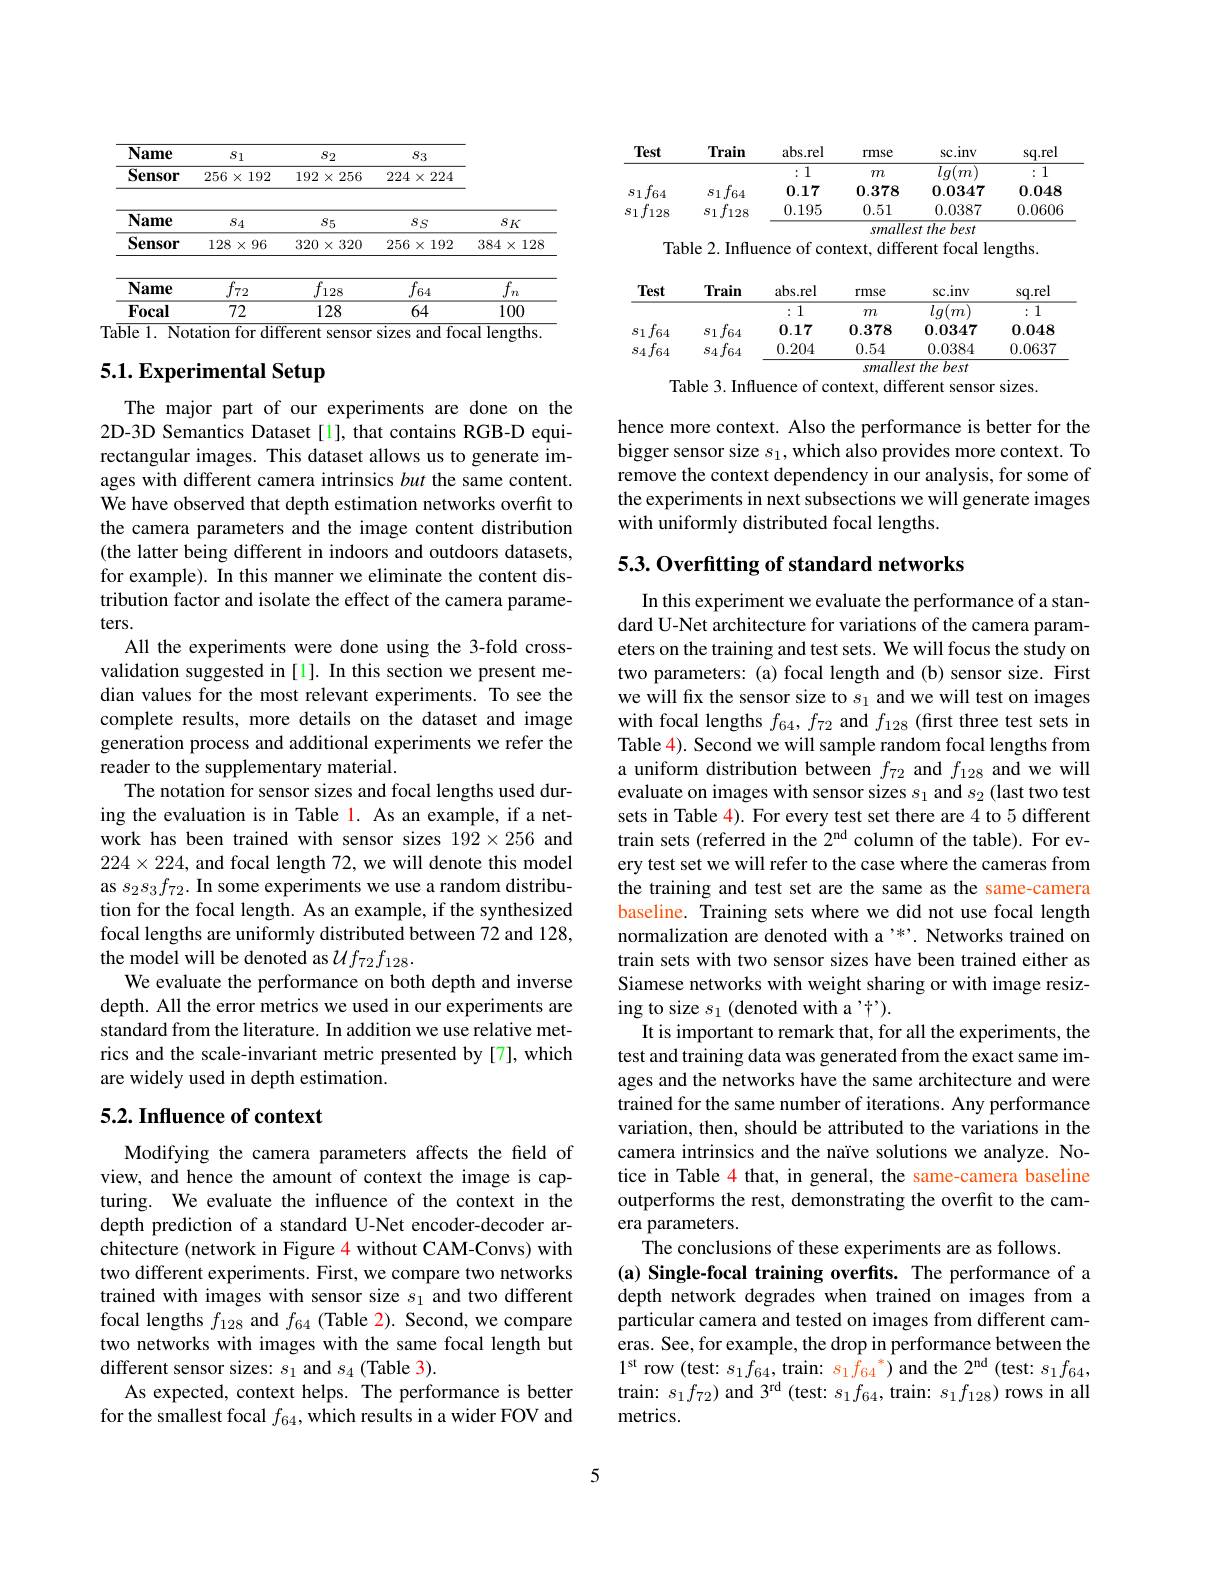
<table>
	<tbody>
		<tr>
			<th rowspan="2">Name $\overline{\textbf{Sensor}}$</th>
			<th rowspan="2">$S1$ $256\times192$</th>
			<th>$S_2$</th>
			<th>$S3$</th>
			<th> </th>
		</tr>
		<tr>
			<th>$192\times256$</th>
			<th>$224\times224$</th>
			<th> </th>
		</tr>
		<tr>
			<td>Name</td>
			<td>$S_{4}$</td>
			<td>$S5$</td>
			<td>$SS$</td>
			<td>$SK$</td>
		</tr>
		<tr>
			<td>$\overline{\textbf{Sensor}}$</td>
			<td>$128\times96$</td>
			<td>$320\times320$</td>
			<td>$256\times192$</td>
			<td>$384\times$ 128 1</td>
		</tr>
		<tr>
			<td>Name</td>
			<td>$f_{72}$</td>
			<td>$\overline{f_{128}}$</td>
			<td>$\overline{f_{64}}$</td>
			<td>$\overline{f_{n}}$</td>
		</tr>
		<tr>
			<td>Focal</td>
			<td>72</td>
			<td>128</td>
			<td>64</td>
			<td>100</td>
		</tr>
	</tbody>
</table>
Notation for
sensor sizes and

# 5.1. Experimental Setup

The major part of our experiments are done on the 2D-3D Semantics Dataset[1], that contains RGB-D equirectangular images. This dataset allows us to generate images with different camera intrinsics but the same content. We have observed that depth estimation networks overfit to the camera parameters and the image content distribution (the latter being different in indoors and outdoors datasets, for example). In this manner we eliminate the content distribution factor and isolate the effect of the camera parameters.
All the experiments were done using the 3-fold crossvalidation suggested in [1]. In this section we present median values for the most relevant experiments. To see the complete results, more details on the dataset and image generation process and additional experiments we refer the reader to the supplementary material.
The notation for sensor sizes and focal lengths used during the evaluation is in Table 1. As an example, if a network has been trained with sensor sizes 192×256 and $224\times224$, and focal length 72, we will denote this model as $s_2s_3f_{72}.$ In some experiments we use a random distribution for the focal length. As an example, if the synthesized focal lengths are uniformly distributed between 72 and 128, the model will be denoted as $Uf_{72}f_{128}.$
We evaluate the performance on both depth and inverse depth. All the error metrics we used in our experiments are standard from the literature. In addition we use relative metrics and the scale-invariant metric presented by [7], which are widely used in depth estimation.

## 5.2. Influence of context

Modifying the camera parameters affects the field of view, and hence the amount of context the image is capturing. We evaluate the influence of the context in the depth prediction of a standard U-Net encoder-decoder architecture (network in Figure 4 without CAM-Convs) with two different experiments. First, we compare two networks trained with images with sensor size $s_1$ and two different focal lengths $f_{128}$ and $f_{64}$ (Table 2). Second, we compare two networks with images with the same focal length but different sensor sizes: $s_1$ and $s_4$ (Table 3).
As expected, context helps. The performance is better for the smallest focal $f_64$, which results in a wider FOV and

<table>
	<tbody>
		<tr>
			<th>Test</th>
			<th>Train</th>
			<th>abs. rel</th>
			<th>rmse</th>
			<th>$sc.inv$</th>
			<th>sq.rel</th>
		</tr>
		<tr>
			<td> </td>
			<td> </td>
			<td>:1</td>
			<td>$m$</td>
			<td>$lg(m$</td>
			<td>:1</td>
		</tr>
		<tr>
			<td>$f_{64}$ $s1$</td>
			<td>$f_{64}$ $s1$</td>
			<td>0.17</td>
			<td>0.378</td>
			<td>0.0347</td>
			<td>0.048</td>
		</tr>
		<tr>
			<td>$f$ $s1$ 128</td>
			<td>$f_{128}$ $s1$</td>
			<td>0.195</td>
			<td>0.51</td>
			<td>0.0387</td>
			<td>0.0606</td>
		</tr>
	</tbody>
</table>

Table 2. Influence of context, different focal lengths.

<table>
	<tbody>
		<tr>
			<th>Test</th>
			<th>Train</th>
			<th>abs.rel</th>
			<th>rmse</th>
			<th>$sc.inv$</th>
			<th>sq.rel</th>
		</tr>
		<tr>
			<th> </th>
			<th> </th>
			<th>:1</th>
			<th>$m$</th>
			<th>$\overline{lg(}$ $m$</th>
			<th>1 1</th>
		</tr>
		<tr>
			<td>$f_{64}$ $s_1$</td>
			<td>$f_{64}$ $s1$</td>
			<td>0.17</td>
			<td>0.378</td>
			<td>0.0347</td>
			<td>0.048</td>
		</tr>
		<tr>
			<td>$f_{64}$ $S4$</td>
			<td>$f_{64}$ $S4$</td>
			<td>0.204</td>
			<td>0.54</td>
			<td>0.0384</td>
			<td>0.0637</td>
		</tr>
	</tbody>
</table>

Table 3. Influence of context, different sensor sizes.

hence more context. Also the performance is better for the bigger sensor size $s_1$,which also provides more context. To remove the context dependency in our analysis, for some of the experiments in next subsections we will generate images with uniformly distributed focal lengths.

## 5.3. Overfitting of standard networks

In this experiment we evaluate the performance of a standard U-Net architecture for variations of the camera parameters on the training and test sets. We will focus the study on two parameters: (a) focal length and (b) sensor size. First we will fix the sensor size to $s_1$ and we will test on images with focal lengths $f_{64},f_{72}$ and $f_128$ (first three test sets in Table 4). Second we will sample random focal lengths from a uniform distribution between $f_{72}$ and $f_{128}$ and we will evaluate on images with sensor sizes $s_1$ and $s_2$ (last two test sets in Table 4). For every test set there are 4 to 5 different train sets (referred in the 2$^\mathrm{nd}$ column of the table). For every test set we will refer to the case where the cameras from the training and test set are the same as the same-camera baseline. Training sets where we did not use focal length normalization are denoted with a'*'. Networks trained on train sets with two sensor sizes have been trained either as Siamese networks with weight sharing or with image resizing to size $s_1$ (denoted with a 't').
It is important to remark that, for all the experiments, the test and training data was generated from the exact same images and the networks have the same architecture and were trained for the same number of iterations. Any performance variation, then, should be attributed to the variations in the camera intrinsics and the naïve solutions we analyze. Notice in Table 4 that, in general, the same-camera baseline outperforms the rest, demonstrating the overfit to the camera parameters.
The conclusions of these experiments are as follows.
(a) Single-focal training overfits. The performance of a depth network degrades when trained on images from a particular camera and tested on images from different cameras. See, for example, the drop in performance between the $1^{\mathrm{st}}$ row (test: $s_1f_{64}$,train: $s_1f_{64}^*)$ and the $2^\mathrm{nd}($test: $s_1f_{64}$, train: $s_{1}f_{72})$ and $3^\mathrm{rd}$ (test: $s_1f_{64}$, train: $s_1f_{128}$) rows in all metrics.

5